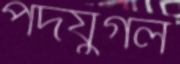
পদযুগল